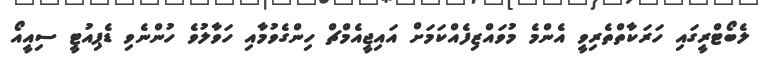
ލެބޯޓްރީގައި ހަރަކާތްތެރިވީ އެންމެ މުވައްޒިފެއްކަމަށް އައިޖީއެމްޗް ހިންގެވުމާއި ހަވާލުވެ ހުންނެވި ޑެޕިއުޓީ ސިއީއޯ